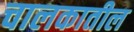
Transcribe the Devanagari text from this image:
चालकातील